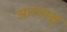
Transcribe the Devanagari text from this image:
आगमश्च